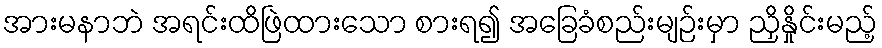
အားမနာဘဲ အရင်းထိဖြဲထားသော စားရ၍ အခြေခံစည်းမျဉ်းမှာ ညှိနှိုင်းမည့်